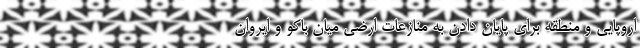
اروپایی و منطقه برای پایان دادن به منازعات ارضی میان باکو و ایروان